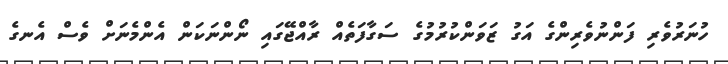
ހުނަރުވެރި ފަންނުވެރިންގެ އަގު ޒަވަންކުރުމުގެ ސަގާފަތެއް ރާއްޖޭގައި ނޯންނަކަން އެންމެނަށް ވެސް އެނގެ